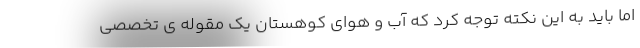
اما باید به این نکته توجه کرد که آب و هوای کوهستان یک مقوله ی تخصصی